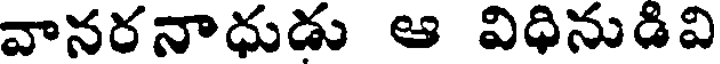
వానరనాధుడు ఆ విధినుడివి